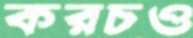
করচও